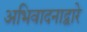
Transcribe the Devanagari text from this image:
अभिवादनाद्वारे